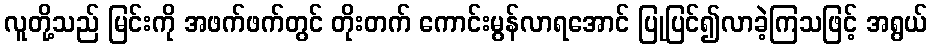
လူတို့သည် မြင်းကို အဖက်ဖက်တွင် တိုးတက် ကောင်းမွန်လာရအောင် ပြုပြင်၍လာခဲ့ကြသဖြင့် အရွယ်